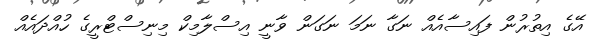
އޭގެ އިތުރުން ފައިސާއެއް ނަގާ ނަމަ ނަގަން ވާނީ އިސްލާމިކް މިނިސްޓްރީގެ ހުއްދައެއް